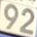
92